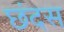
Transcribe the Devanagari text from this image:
छंदस